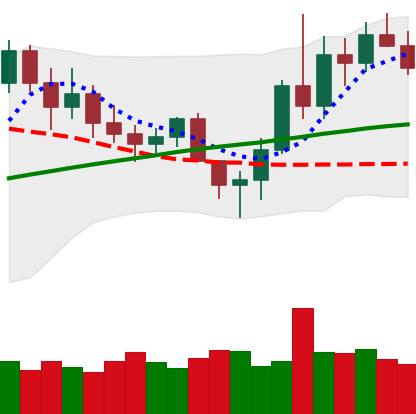
Ticker: LINK-USD
Chart end date: 2020-11-12
Forward return: 6.613%
Label: up_5_7